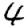
Digit: 4